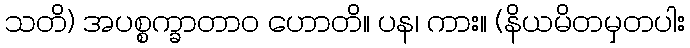
သတိ) အပစ္စက္ခာတာဝ ဟောတိ။ ပန၊ ကား။ (နိယမိတမှတပါး